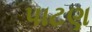
પાટણ